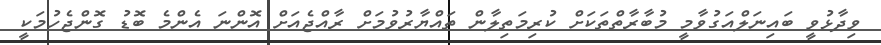
ވިދާޅުވީ ބައިނަލްއަގުވާމީ މުބާރާތްތަކަށް ކުރިމަތިލާން ތައްޔާރުވުމަށް ރާއްޖެއަށް އޮންނަ އެންމެ ބޮޑު ގޮންޖެހުމަކީ